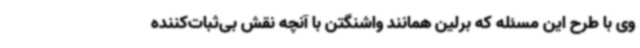
وی با طرح این مسئله که برلین همانند واشنگتن با آنچه نقش بی‌ثبات‌کننده